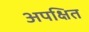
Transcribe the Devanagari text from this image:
अपक्षित